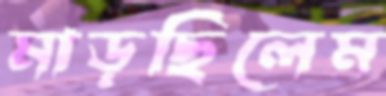
মাড়ছিলেম